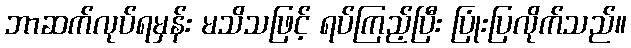
ဘာဆက်လုပ်ရမှန်း မသိသဖြင့် ရပ်ကြည့်ပြီး ပြုံးပြလိုက်သည်။